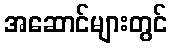
အဆောင်များတွင်